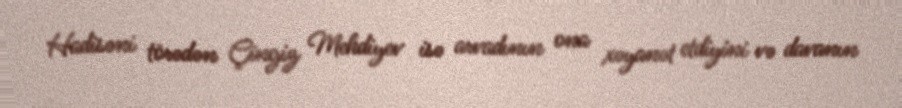
Hadisəni törədən Çingiz Mehdiyev isə arvadının ona xəyanət etdiyini və davanın